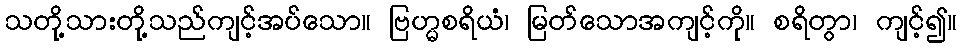
သတို့သားတို့သည်ကျင့်အပ်သော။ ဗြဟ္မစရိယံ၊ မြတ်သောအကျင့်ကို။ စရိတွာ၊ ကျင့်၍။